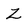
Character: Z